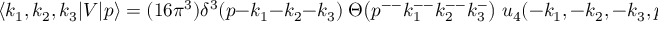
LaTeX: \langle k _ { 1 } , k _ { 2 } , k _ { 3 } | V | p \rangle = ( 1 6 \pi ^ { 3 } ) \delta ^ { 3 } ( p - k _ { 1 } - k _ { 2 } - k _ { 3 } ) \; \Theta \bigl ( p ^ { -- } k _ { 1 } ^ { -- } k _ { 2 } ^ { -- } k _ { 3 } ^ { - } \bigr ) \; u _ { 4 } ( - k _ { 1 } , - k _ { 2 } , - k _ { 3 } , p ) \; .